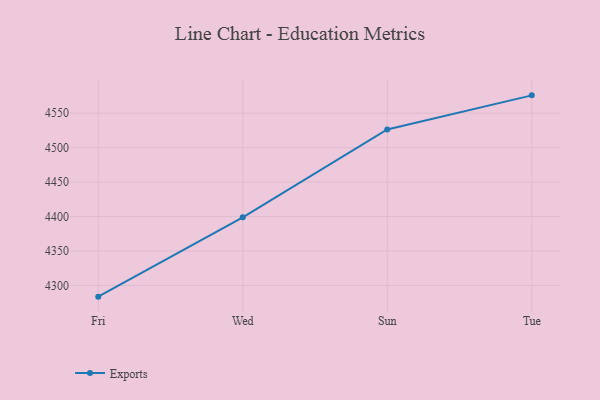
{"axis": {"x": "Day", "y": "Page Views"}, "legend": ["Exports"], "data": [{"x": "Fri", "y": 4283.8, "type": "Exports"}, {"x": "Wed", "y": 4398.9, "type": "Exports"}, {"x": "Sun", "y": 4526.4, "type": "Exports"}, {"x": "Tue", "y": 4575.8, "type": "Exports"}]}